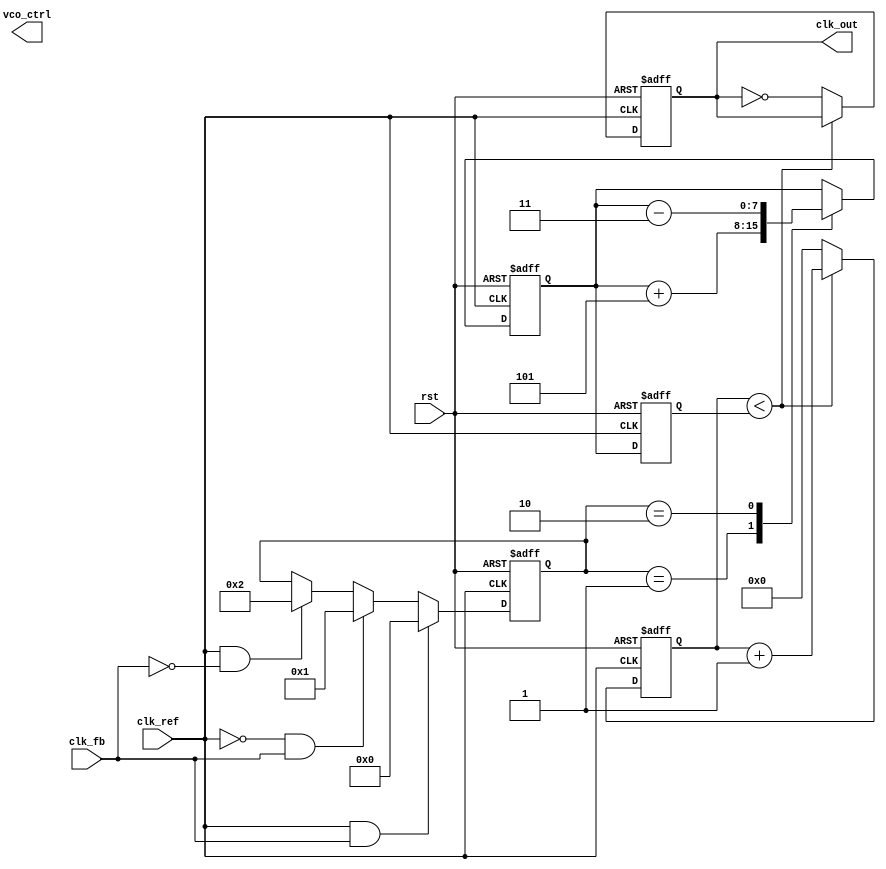
module CP_PLL (
    input wire clk_ref,          // Reference clock input
    input wire clk_fb,           // Feedback clock input from VCO
    input wire rst,              // Reset signal
    output reg clk_out,          // Output clock from VCO
    output reg [7:0] vco_ctrl    // Control voltage for VCO
);

    // Parameters for the Charge Pump
    parameter CP_UP_CURRENT = 8'd5;   // Charge Pump UP current
    parameter CP_DOWN_CURRENT = 8'd3;  // Charge Pump DOWN current
    parameter PHASE_COUNT = 16;         // Phase detector count threshold

    // Internal Signals
    reg [7:0] charge_pump_output;
    reg [3:0] phase_detector; // 0: lock, 1: UP, 2: DOWN
    reg [7:0] loop_filter;     // Loop filter output
    reg [15:0] vco_counter;    // VCO frequency counter

    // Phase Frequency Detector (PFD)
    always @(posedge clk_ref or posedge rst) begin
        if (rst) begin
            phase_detector <= 0;
        end else if (clk_ref && clk_fb) begin
            phase_detector <= 0; // Locked State
        end else if (!clk_ref && clk_fb) begin
            phase_detector <= 1; // UP
        end else if (clk_ref && !clk_fb) begin
            phase_detector <= 2; // DOWN
        end
    end

    // Charge Pump
    always @(posedge clk_ref or posedge rst) begin
        if (rst) begin
            charge_pump_output <= 8'd0;
        end else begin
            case (phase_detector)
                1: charge_pump_output <= charge_pump_output + CP_UP_CURRENT;   // UP
                2: charge_pump_output <= charge_pump_output - CP_DOWN_CURRENT;  // DOWN
                default: charge_pump_output <= charge_pump_output;              // No change
            endcase
        end
    end

    // Loop Filter (Simple First Order)
    always @(posedge clk_ref or posedge rst) begin
        if (rst) begin
            loop_filter <= 8'd0;
        end else begin
            loop_filter <= charge_pump_output; // For simplicity assuming direct output
        end
    end

    // Voltage-Controlled Oscillator (VCO)
    always @(posedge clk_ref or posedge rst) begin
        if (rst) begin
            vco_counter <= 16'd0;
            clk_out <= 1'b0;
        end else begin
            // Simple VCO: Frequency controlled by loop filter
            if (vco_counter < loop_filter) begin
                vco_counter <= vco_counter + 1;
            end else begin
                clk_out <= ~clk_out; // Toggle output clock
                vco_counter <= 16'd0; // Reset counter
            end
        end
    end

endmodule